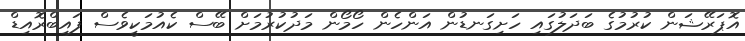
އޮޕަރޭޝަން ކުރުމުގެ ބަދަލުގައި ހަށިގަނޑުން އަންހެން ހޯމޯން މަދުކުރުމަށް ބޭސް ކެއުމަކީވެސް ފައިބްރޮއިޑް